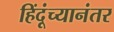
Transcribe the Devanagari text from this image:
हिंदूंच्यानंतर